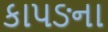
કાપઙના